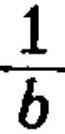
$\frac{1}{b}$